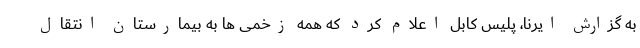
به گزارش ایرنا، پلیس کابل اعلام کرد که همه زخمی ها به بیمارستان انتقال